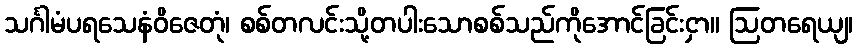
သင်္ဂါမံပရသေနံဝိဇေတုံ၊ စစ်တလင်းသို့တပါးသောစစ်သည်ကိုအောင်ခြင်းငှာ။ ဩတရေယျ၊